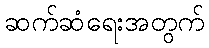
ဆက်ဆံရေးအတွက်